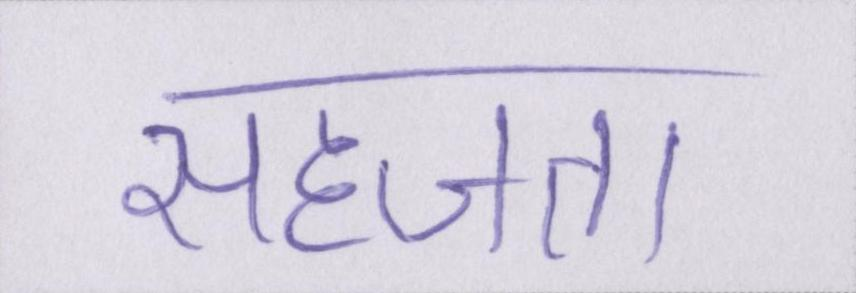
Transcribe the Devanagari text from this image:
सहजता